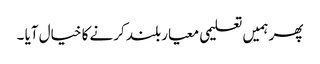
پھر ہمیں تعلیمی معیار بلند کرنے کا خیال آیا ۔